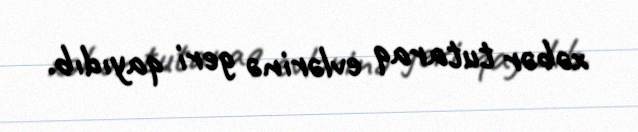
xəbər tutaraq evlərinə geri qayıdıb.